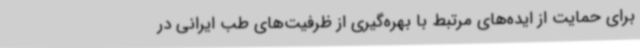
برای حمایت از ایده‌های مرتبط با بهره‌گیری از ظرفیت‌های طب ایرانی در